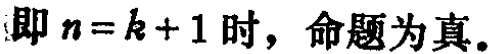
即 \(n = k + 1\) 时，命题为真。